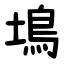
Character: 䲧